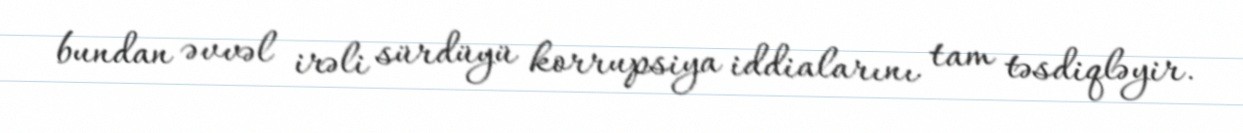
bundan əvvəl irəli sürdüyü korrupsiya iddialarını tam təsdiqləyir.